Indian journal of veterinary science and animal husbandry - Volumes 15-17, 1948-1951
Year: 1948
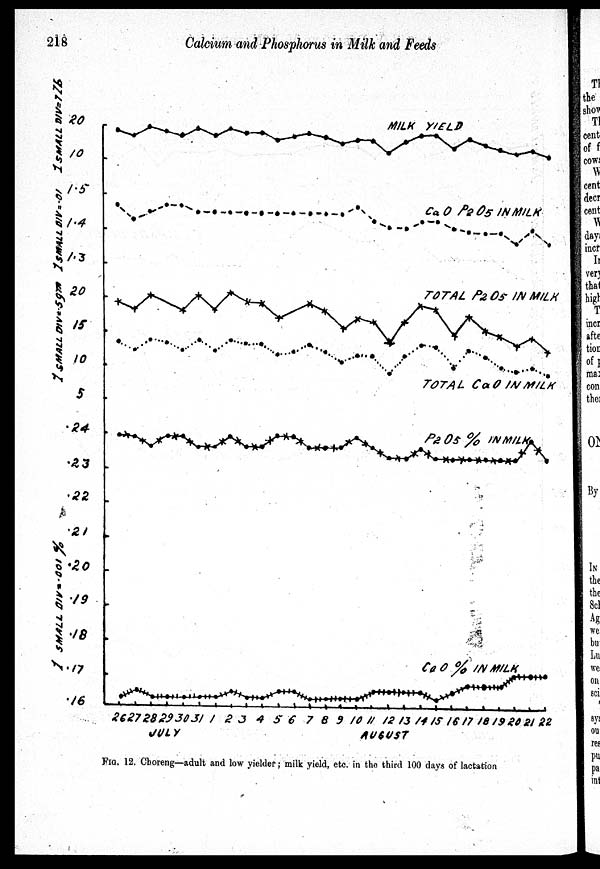
218
Calcium and Phosphorus in Milk and Feeds
FIG. 12. Choreng—adult and low yielder; milk yield, etc. in the third 100 days of lactation